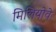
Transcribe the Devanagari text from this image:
मिलियोवे